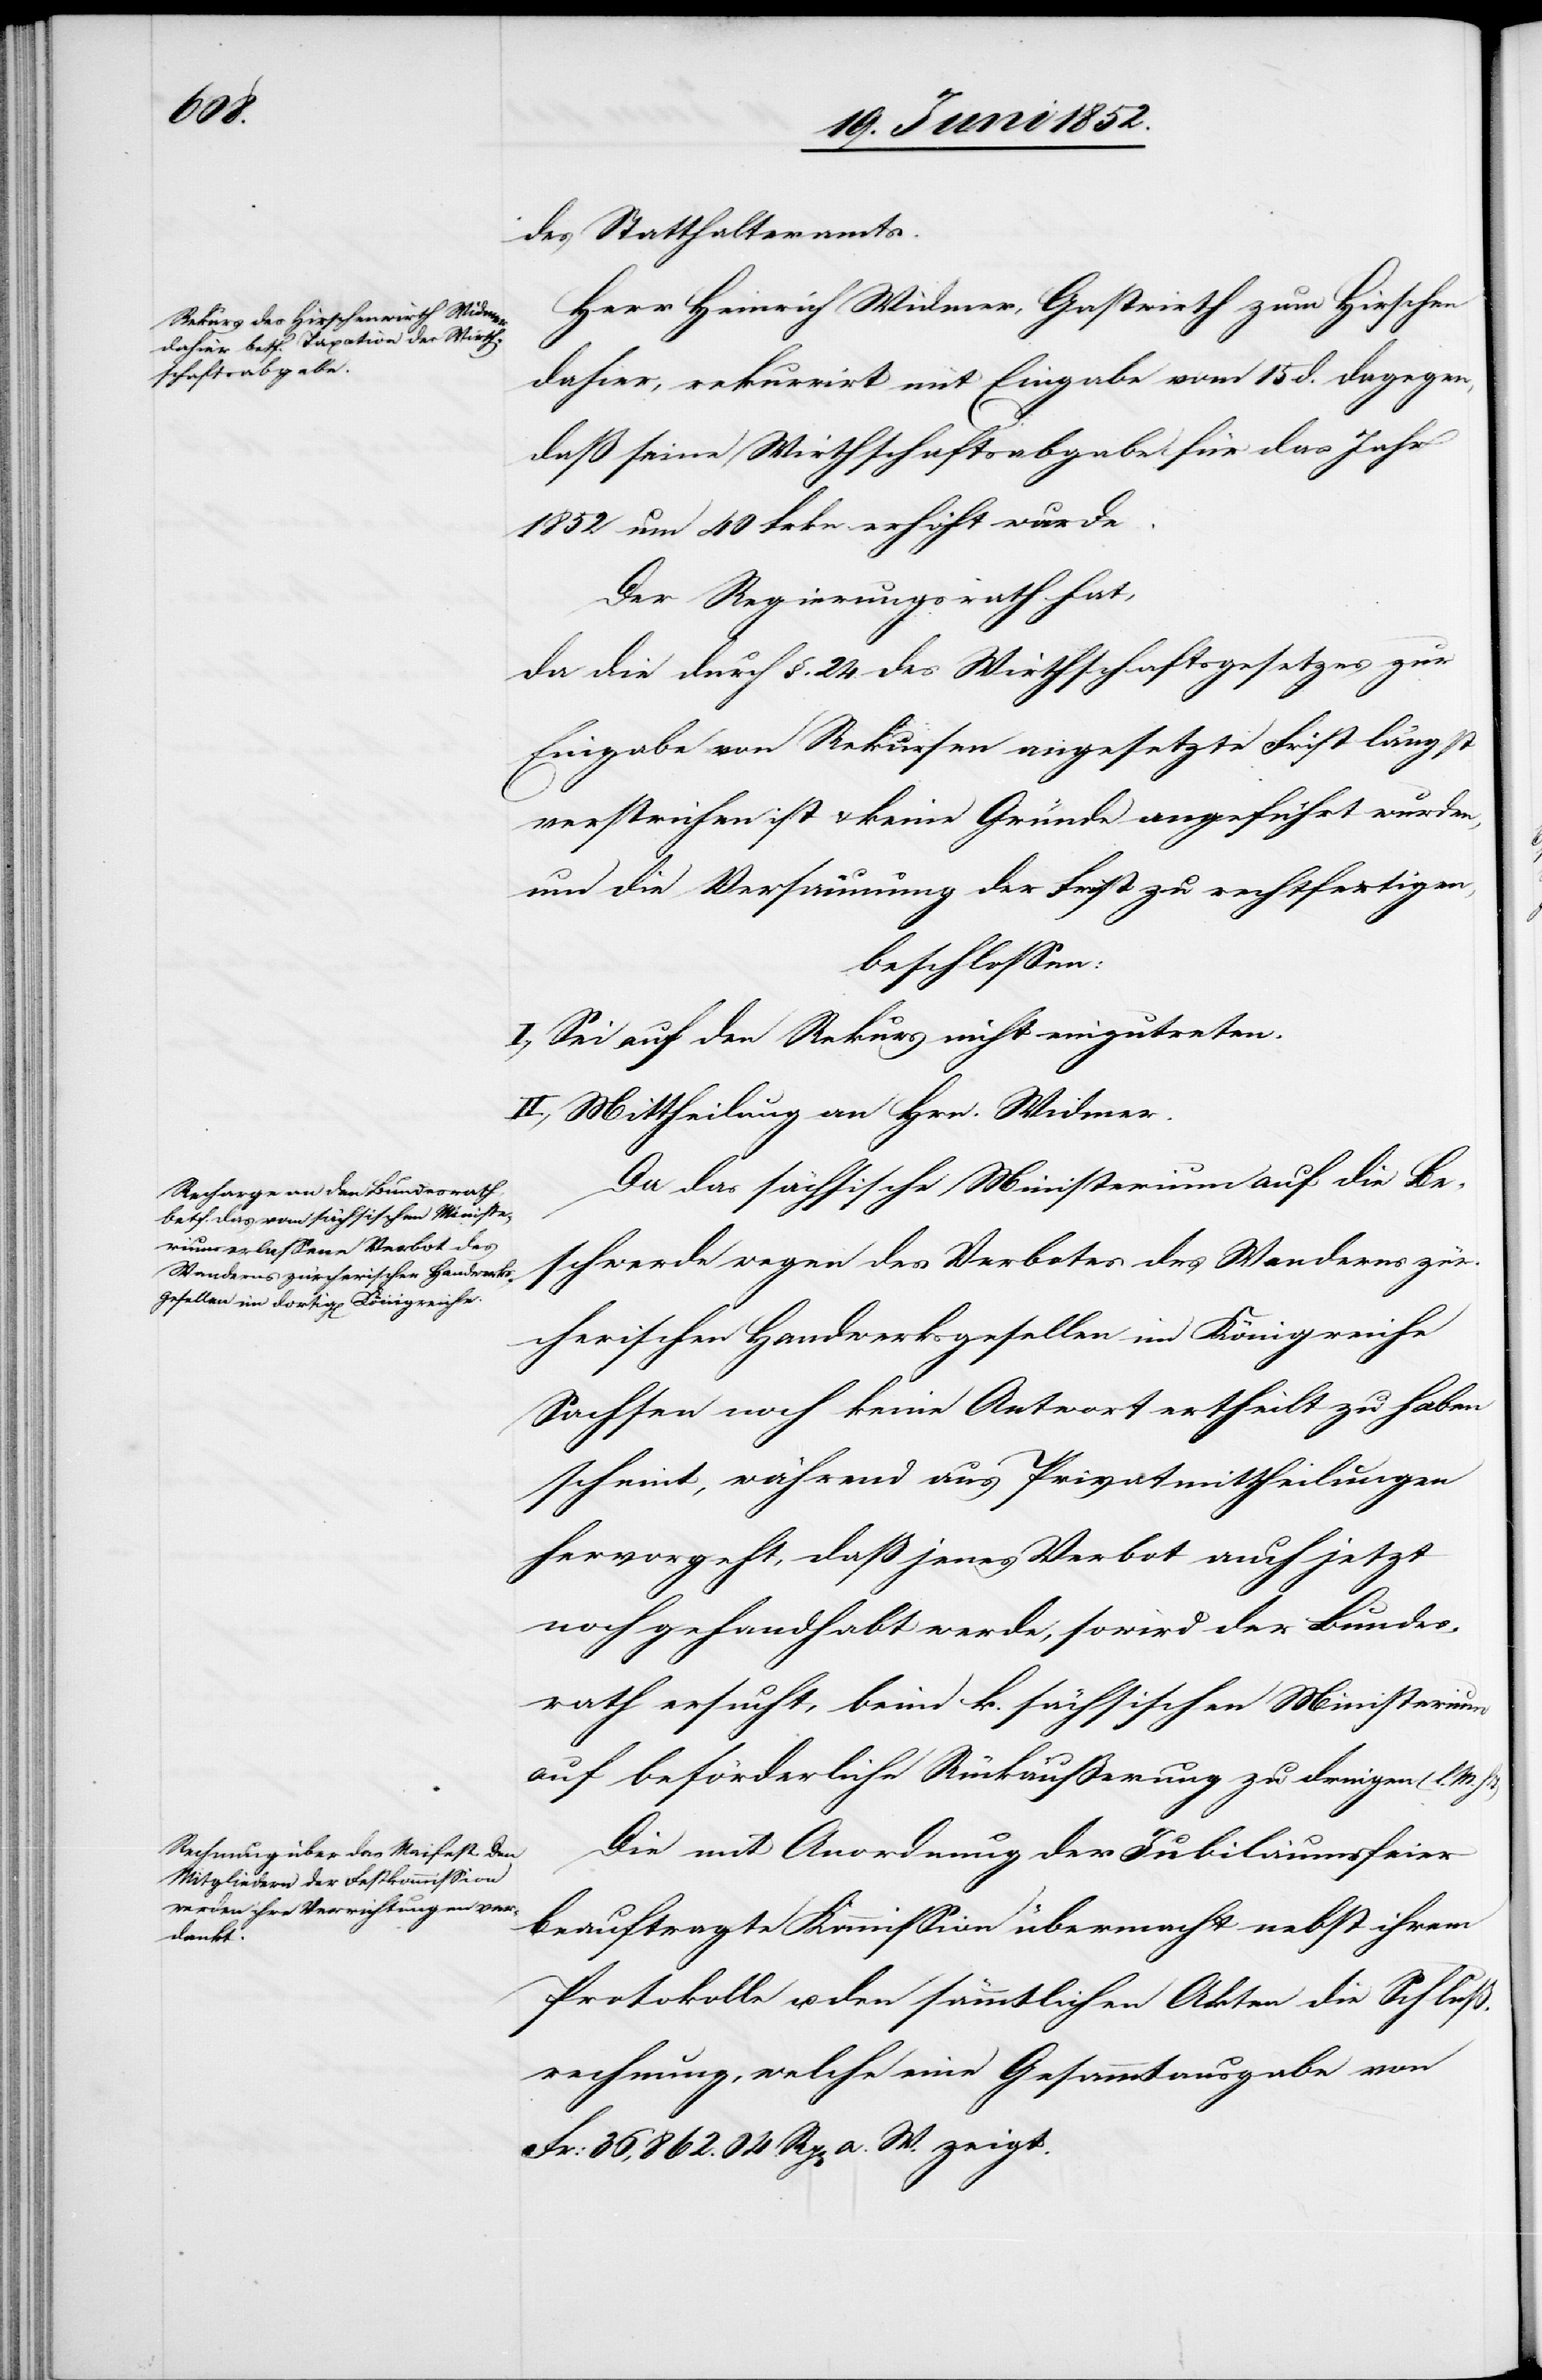
M.

des Statthalteramts.
Herr Heinrich Widmer, Gastwirth zum Hirschen
dahier, rekurrirt mit Eingabe vom 15 d. dagegen,
daß seine Wirthschaftsabgabe für das Jahr
1852 um 40 Frkn. erhöht wurde.
Der Regierungsrath hat,
da die durch §. 24. des Wirthschaftsgesetzes zur
Eingabe von Rekursen angesetzte Frist längst
verstrichen ist & keine Gründe angeführt wurden,
um die Versäumung der Frist zu rechtfertigen,
beschlossen:
I., Sei auf den Rekurs nicht einzutreten.
II., Mittheilung an Hrn. Widmer.
Da das sächsische Ministerium auf die Be¬
schwerde wegen des Verbotes des Wanderns zür¬
schen [sic!] Handwerksgesellen im Königreiche
Sachsen noch keine Antwort ertheilt zu haben
scheint, während aus Privatmittheilungen
hervorgeht, daß jenes Verbot auch jetzt
noch gehandhabt werde, so wird der Bundes¬
rath ersucht, beim k. sächsischen Ministerium
auf beförderliche Rückäußerung zu dringen (l.
Die mit Anordnung der Jubiläumsfeier
beauftragte Kommission übermacht nebst ihrem
Protokolle u. den sämmtlichen Akten die Schluß¬
rechnung, welche eine Gesammtausgabe von
Fr: 36,862. 04. Rp[en] a. W. zeigt.